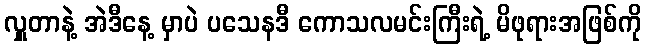
လှူတာနဲ့ အဲဒီနေ့ မှာပဲ ပသေနဒီ ကောသလမင်းကြီးရဲ့ မိဖုရားအဖြစ်ကို